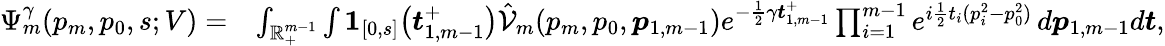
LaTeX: \begin{array}{rl}{\Psi_{m}^{\gamma}(p_{m},p_{0},s;V)=}&{\int_{\mathbb{R}_{+}^{m-1}}\int\boldsymbol{1}_{[0,s]}\big(\boldsymbol{t}_{1,m-1}^{+}\big)\hat{\mathcal{V}}_{m}(p_{m},p_{0},\boldsymbol{p}_{1,m-1})e^{-\frac{1}{2}\gamma\boldsymbol{t}_{1,m-1}^{+}}\prod_{i=1}^{m-1}e^{i\frac{1}{2}t_{i}(p_{i}^{2}-p_{0}^{2})}\, d\boldsymbol{p}_{1,m-1}d\boldsymbol{t},}\end{array}